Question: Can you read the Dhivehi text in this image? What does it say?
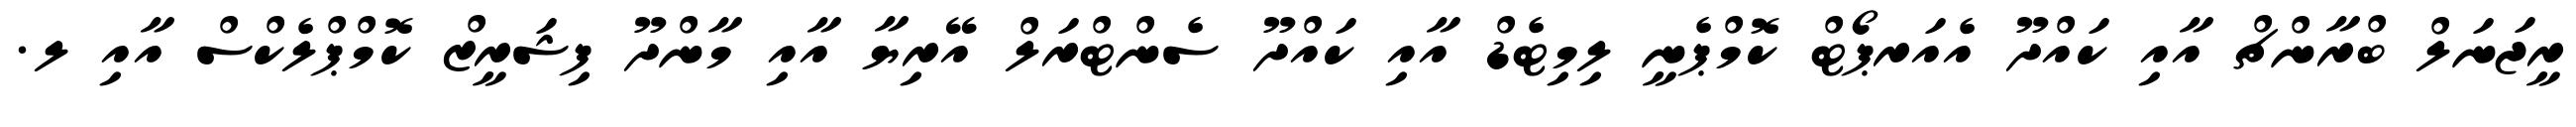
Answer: ރީޖަނަލް ބްރާންޗް އާއި ކައްދޫ އެއަރޕޯޓް ކޮމްޕެނީ ލިމިޓެޑް އާއި ކައްދޫ ސެންޓްރަލް އޭރިޔާ އާއި މާންދޫ ފިޝަރީޒް ކޮމްޕްލެކްސް އާއި ލ.